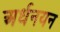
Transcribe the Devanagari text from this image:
अर्धनयन